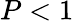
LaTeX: P<1